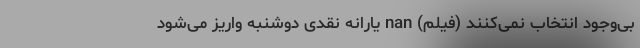
بی‌وجود انتخاب نمی‌کنند (فیلم) nan یارانه نقدی دوشنبه واریز می‌شود